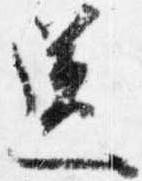
送